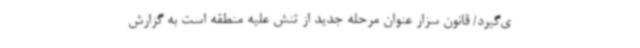
ی‌گیرد/ قانون سزار عنوان مرحله جدید از تنش علیه منطقه است به گزارش